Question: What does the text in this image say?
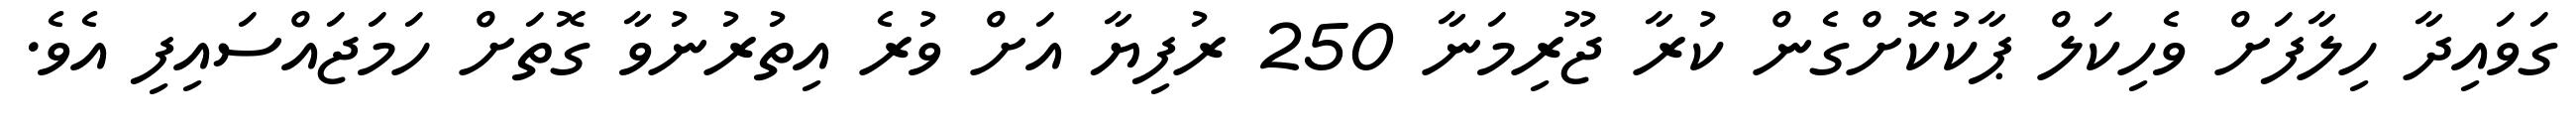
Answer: ގަވައިދާ ހިލާފަށް ވެހިކަލް ޕާކުކޮށްގެން ކުރާ ޖޫރިމަނާ 250 ރުފިޔާ އަށް ވުރެ އިތުރުނުވާ ގޮތަށް ހަމަޖައްސައިފި އެވެ.